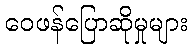
ဝေဖန်ပြောဆိုမှုများ